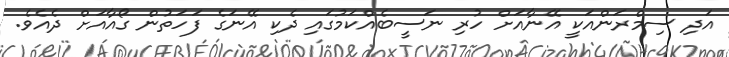
އަދި ސިމްރަންއަކީ އޭނާއަށް ހުރި ނަސީބެއްކަމުގައި ދެކި އޭނަގެ ފަހަތުން ގޯއާއަށް ދެއެވެ.